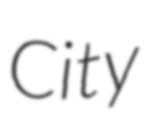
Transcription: City